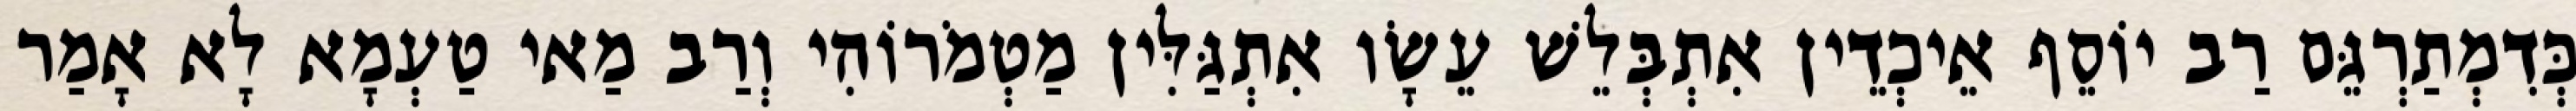
כְּדִמְתַרְגֵּם רַב יוֹסֵף אֵיכְדֵין אִתְבְּלֵשׁ עֵשָׂו אִתְגַּלִּין מַטְמֹרוֹהִי וְרַב מַאי טַעְמָא לָא אָמַר